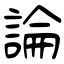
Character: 論